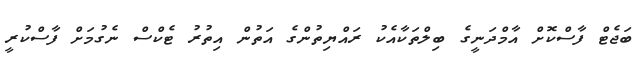
ބަޖެޓް ފާސްކޮށް އާމްދަނީގެ ބިލްތަކާއެކު ރައްޔިތުންގެ އަތުން އިތުރު ޓެކްސް ނެގުމަށް ފާސްކުރީ